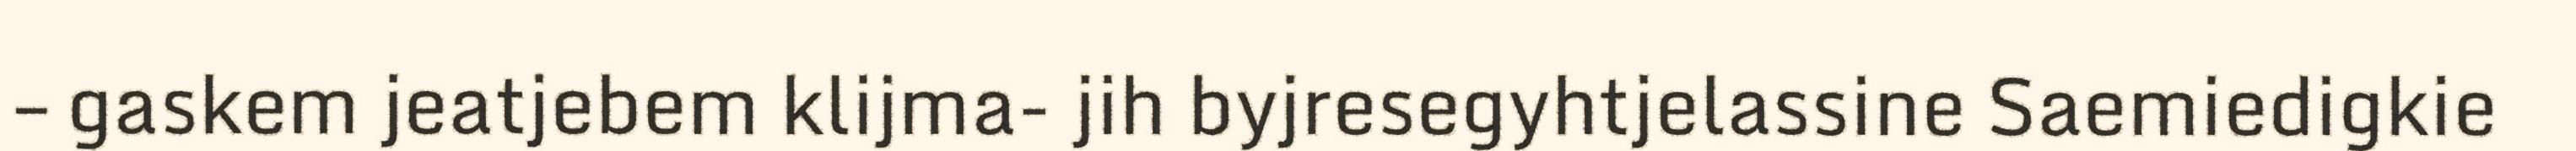
– gaskem jeatjebem klijma- jih byjresegyhtjelassine Saemiedigkie